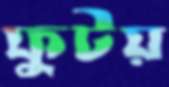
ফুটয়